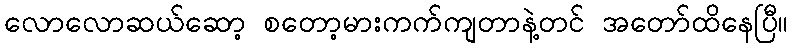
လောလောဆယ်ဆော့ စတော့မားကက်ကျတာနဲ့တင် အတော်ထိနေပြီ။